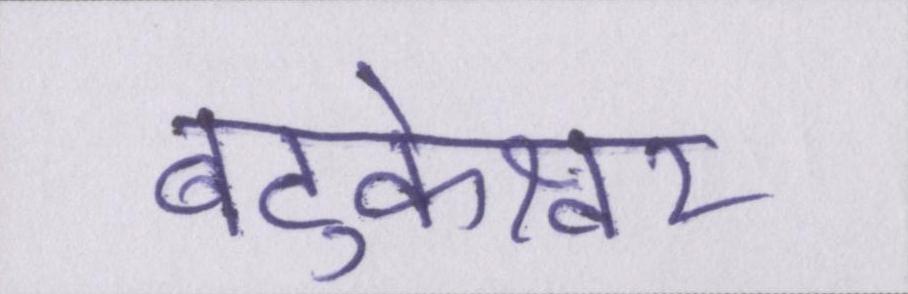
बटुकेश्वर